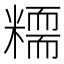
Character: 糥